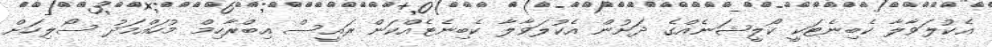
އެކުލަވާލާ ކެބިނެޓަކީ ކޯލީޝަނެއްގެ ދަށުން އެކުލަވާލާ ކެބިނެޓެއްކަން ރައީސް އިބްރާހިމް މުހައްމަދު ސޯލިހަށް